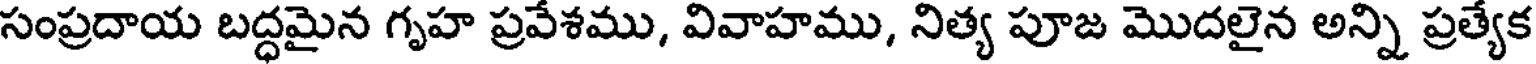
సంప్రదాయ బద్ధమైన గృహ ప్రవేశము, వివాహము, నిత్య పూజ మొదలైన అన్ని ప్రత్యేక